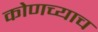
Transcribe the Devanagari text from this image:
कोणच्याच